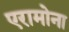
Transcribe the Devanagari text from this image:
एरामोना